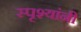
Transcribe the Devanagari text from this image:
स्पृश्यांनी